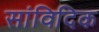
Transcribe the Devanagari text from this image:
सांविदिक